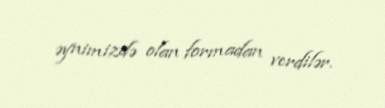
əynimizdə olan formadan verdilər.